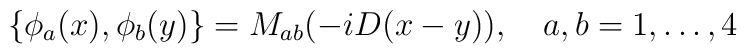
\{\phi_a(x),\phi_b(y)\}=M_{ab}(-iD(x-y)),\quad a,b=1,\ldots,4